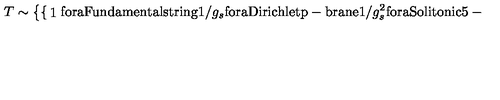
T \sim \left\{ \begin{cases} { 1 } & { \mathrm { f o r a F u n d a m e n t a l s t r i n g } } \\ { 1 / g _ { s } } & { \mathrm { f o r a D i r i c h l e t p - b r a n e } } \\ { 1 / g _ { s } ^ { 2 } } & { \mathrm { f o r a S o l i t o n i c 5 - b r a n e } \ . } \\ \end{cases} \right.